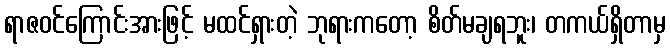
ရာဇဝင်ကြောင်းအားဖြင့် မထင်ရှားတဲ့ ဘုရားကတော့ စိတ်မချရဘူး၊ တကယ်ရှိတာမှ